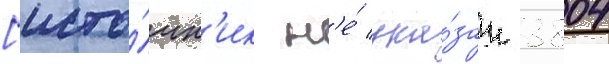
[исто́чн'ик н'е́ ука́зан 3804